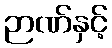
ဉာဏ်နှင့်